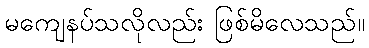
မကျေနပ်သလိုလည်း ဖြစ်မိလေသည်။